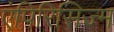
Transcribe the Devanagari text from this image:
एंपिरिसिज्म